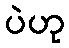
ပဲဟု